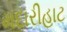
મદારીહાટ